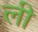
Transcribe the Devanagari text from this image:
ली